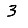
Digit: 3